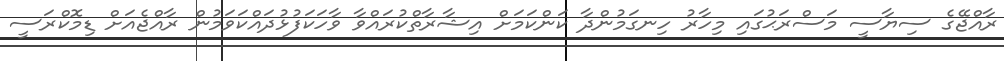
ރާއްޖޭގެ ސިޔާސީ މަސްރަޙުގައި މިހާރު ހިނގަމުންދާ ކަންކަމަށް އިޝާރާތްކުރައްވާ ވާހަކަފުޅުދައްކަވަމުން ރާއްޖެއަށް ޑިމޮކްރަސީ